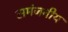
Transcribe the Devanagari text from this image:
समंजनीय